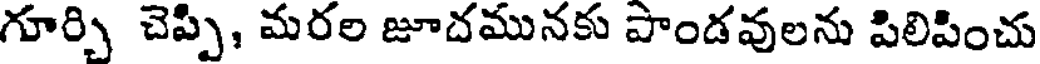
గూర్చి చెప్పి, మరల జూదమునకు పాండవులను పిలిపించు